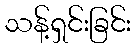
သန့်ရှင်းခြင်း